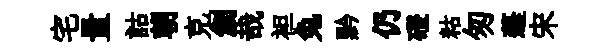
宅量詁朝克創哉袒兔黔仍磴䊀匆蓬宋